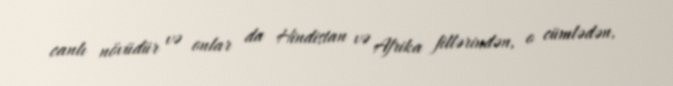
canlı növüdür və onlar da Hindistan və Afrika fillərindən, o cümlədən,